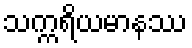
သက္ကရိယမာနဿ